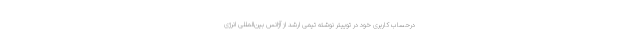
درحساب کاربری خود در توییتر نوشته تیمی ارشد از آژانس بین‌المللی انرژی